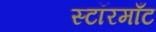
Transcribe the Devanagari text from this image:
स्टॉरमाँट